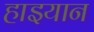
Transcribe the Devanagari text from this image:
हाइयान